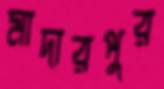
মাদারপুর